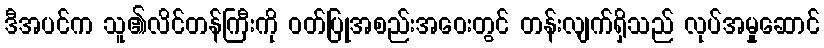
ဒီအပင်က သူ၏လိင်တန်ကြီးကို ဝတ်ပြုအစည်းအဝေးတွင် တန်းလျက်ရှိသည် လုပ်အမှုဆောင်